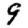
Digit: 9